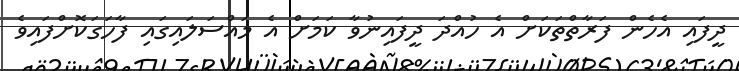
ދީފައި އެހެން ފަރާތްތަކަށް އެ ހުއްދަ ދީފައިނުވާ ކަމަށް އެ މައްސަލައިގައި ފާހަގަކޮށްފައިވެ